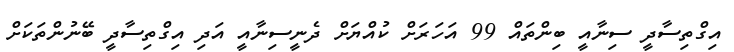
އިގްތިސާދީ ސިނާއީ ބިންތައް 99 އަހަރަށް ކުއްޔަށް ދެނީސިނާއީ އަދި އިގްތިސާދީ ބޭނުންތަކަށް